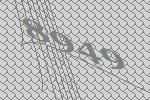
8949